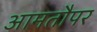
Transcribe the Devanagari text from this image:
आमतौपर